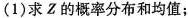
(1)求Z的概率分布和均值；